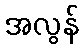
အလွန်